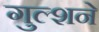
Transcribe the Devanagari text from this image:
गुल्शने